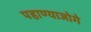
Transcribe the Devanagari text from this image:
पहाण्याजोगे